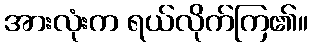
အားလုံးက ရယ်လိုက်ကြ၏။